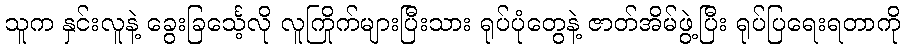
သူက နှင်းလူနဲ့ ခွေးခြင်္သေ့လို လူကြိုက်များပြီးသား ရုပ်ပုံတွေနဲ့ ဇာတ်အိမ်ဖွဲ့ပြီး ရုပ်ပြရေးရတာကို